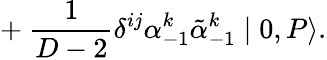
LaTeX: +~{\frac{1}{D-2}}{\delta}^{ij}{\alpha}_{-1}^{k}\tilde{\alpha}_{-1}^{k}\mid 0,P\rangle.